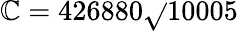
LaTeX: \mathbb{C}=426880{\sqrt{}{{10005}}}